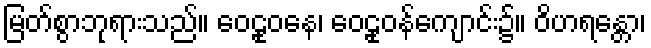
မြတ်စွာဘုရားသည်။ ဝေဠုဝနေ၊ ဝေဠုဝန်ကျောင်း၌။ ဝိဟရန္တော၊